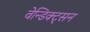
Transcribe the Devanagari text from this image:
वेन्डिक्ट्सन